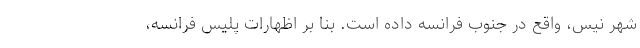
شهر نیس، واقع در جنوب فرانسه داده است. بنا بر اظهارات پلیس فرانسه،